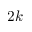
2 k